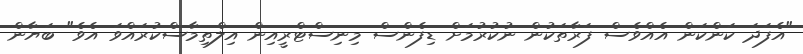
"އެފަދަ ކަންކަން އެއްވެސް ފަރާތަކުން ނުކުރުމަށް ޑިފެންސް މިނިސްޓްރީއިން އިލްތިމާސްކުރައްވަ އެވެ" ބަޔާން